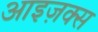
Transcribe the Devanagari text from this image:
आइज़क्स